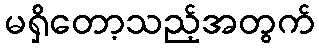
မရှိတော့သည့်အတွက်